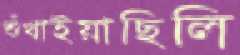
শুঁখাইয়াছিলি